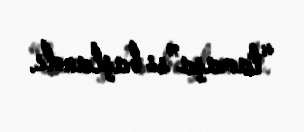
“tamaşa”sı başlandı.